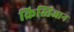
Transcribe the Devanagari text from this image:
क्रिस्तिआन